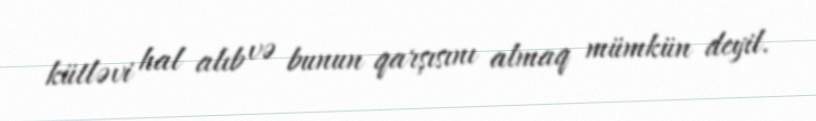
kütləvi hal alıb və bunun qarşısını almaq mümkün deyil.